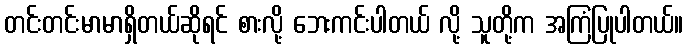
တင်းတင်းမာမာရှိတယ်ဆိုရင် စားလို့ ဘေးကင်းပါတယ် လို့ သူတို့က အကြံပြုပါတယ်။